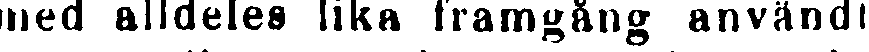
med alldeles lika framgång användt